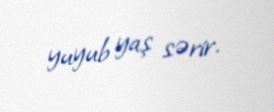
yuyub yaş sərir.